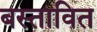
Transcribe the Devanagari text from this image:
बस्तावित